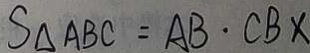
S _ { \Delta A B C } = A B \cdot C B x